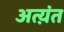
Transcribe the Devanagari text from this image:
अत्य़ंत